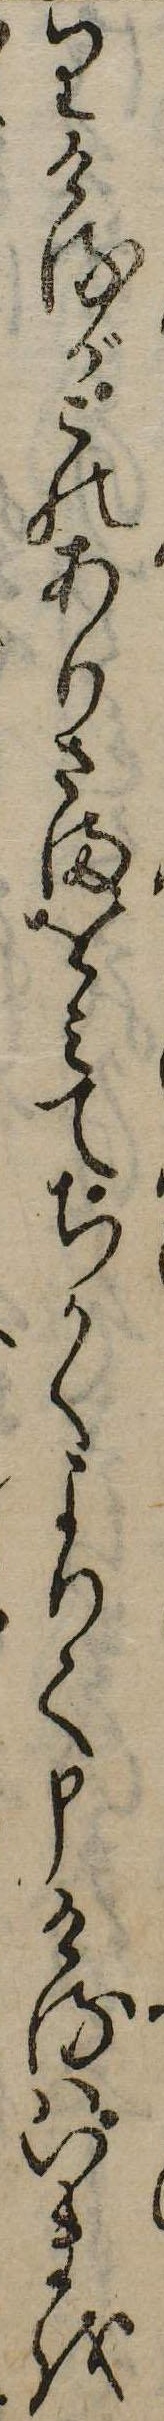
りけるがこのありさまをみてちかくよりて申けるはいまを